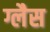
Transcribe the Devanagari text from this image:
ग्लैस